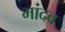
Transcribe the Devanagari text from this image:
मांदव